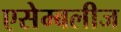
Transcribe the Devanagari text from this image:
एसेम्बलीज